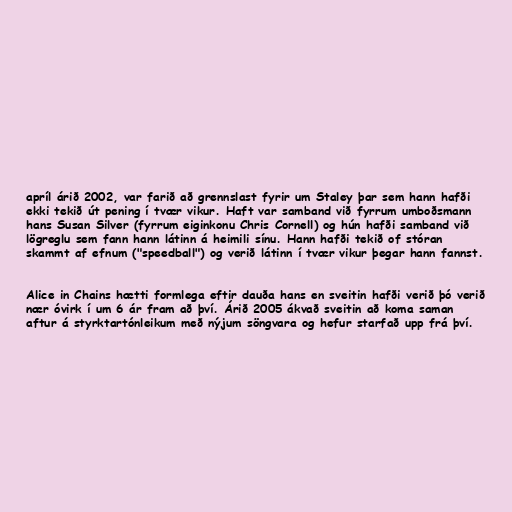
apríl árið 2002, var farið að grennslast fyrir um Staley þar sem hann hafði
ekki tekið út pening í tvær vikur. Haft var samband við fyrrum umboðsmann
hans Susan Silver (fyrrum eiginkonu Chris Cornell) og hún hafði samband við
lögreglu sem fann hann látinn á heimili sínu. Hann hafði tekið of stóran
skammt af efnum ("speedball") og verið látinn í tvær vikur þegar hann fannst.

Alice in Chains hætti formlega eftir dauða hans en sveitin hafði verið þó verið
nær óvirk í um 6 ár fram að því. Árið 2005 ákvað sveitin að koma saman
aftur á styrktartónleikum með nýjum söngvara og hefur starfað upp frá því.